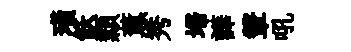
璜飫纇薰秀埽譁鞶吼